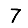
Digit: 7